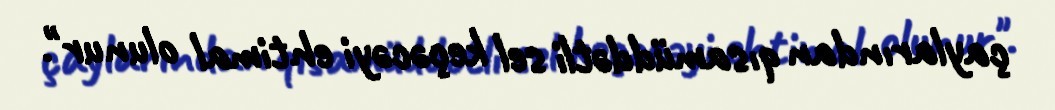
çaylarından qısamüddətli sel keçəcəyi ehtimal olunur".